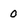
Character: 0